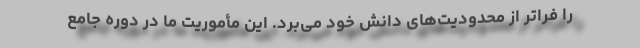
را فراتر از محدودیت‌های دانش خود می‌برد. این مأموریت ما در دوره جامع